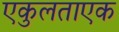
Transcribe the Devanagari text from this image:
एकुलताएक